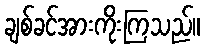
ချစ်ခင်အားကိုးကြသည်။